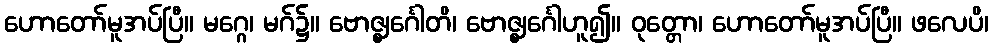
ဟောတော်မူအပ်ပြီ။ မဂ္ဂေ၊ မဂ်၌။ ဗောဇ္ဈင်္ဂေါတိ၊ ဗောဇ္ဈင်္ဂေါဟူ၍။ ဝုတ္တော၊ ဟောတော်မူအပ်ပြီ။ ဖလေပိ၊